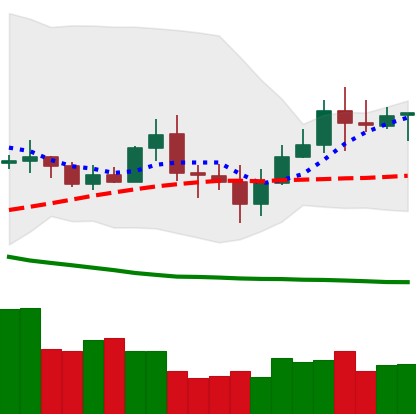
Ticker: TRX-USD
Chart end date: 2020-07-05
Forward return: 7.738%
Label: up_7plus